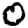
Digit: 0